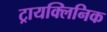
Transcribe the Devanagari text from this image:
ट्रायक्लिनिक